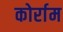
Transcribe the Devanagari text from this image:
कोर्राम